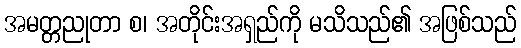
အမတ္တညုတာ စ၊ အတိုင်းအရှည်ကို မသိသည်၏ အဖြစ်သည်